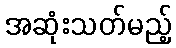
အဆုံးသတ်မည့်